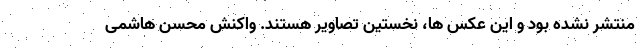
منتشر نشده بود و این عکس ها، نخستین تصاویر هستند. واکنش محسن هاشمی